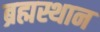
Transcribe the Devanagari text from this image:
ब्रह्मस्थान